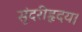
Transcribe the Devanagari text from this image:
सुंदरीहृदय।